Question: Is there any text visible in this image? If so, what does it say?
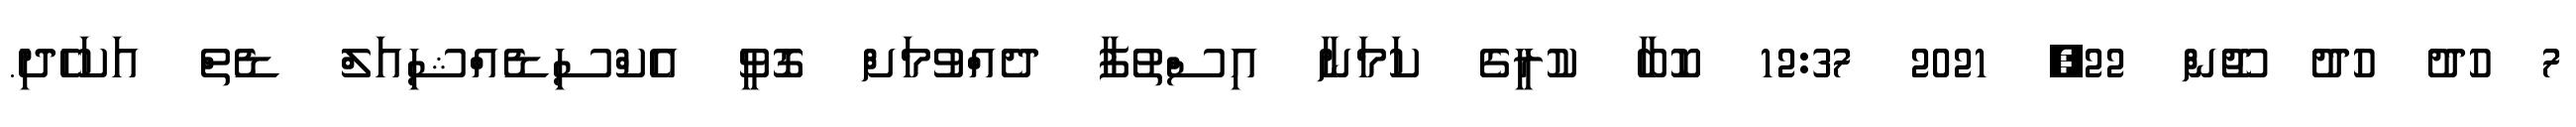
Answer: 7 ހުދު ހުދު ޖޫން 22, 2021 12:37 ކޮބާ ކުރީގެ ކަމަނާ އިސްތުފާ ދެއްވުމަށް ގޮވީ އެކްސިޑެއްޝިއަލް ޑެތް އަކަހެދި.